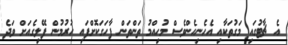
އެ ޗާޓުގައި މަގުތަކާއި އެހެނިހެންވެސް މުހިއްމު ތަންތަން ފާހަގަކޮށްފައި ހުރުމުން ފޭލިގެއަށް ވަދެ